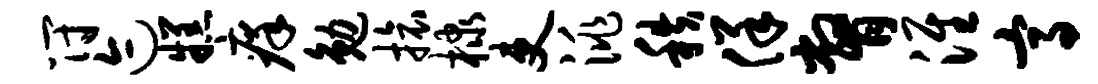
符迹糕痒勉旅棣吏洮秩佯瞥淮高